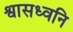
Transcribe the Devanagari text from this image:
श्वासध्वनि